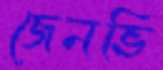
জেনভি